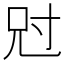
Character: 𡬣